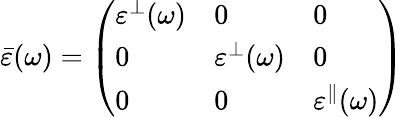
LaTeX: \begin{array}{r}{\bar{\varepsilon}(\omega)=\left(\begin{array}{lll}{\varepsilon^{\bot}(\omega)}&{0}&{0}\\ {0}&{\varepsilon^{\bot}(\omega)}&{0}\\ {0}&{0}&{\varepsilon^{\parallel}(\omega)}\end{array}\right)}\end{array}